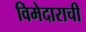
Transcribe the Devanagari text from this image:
विमेदाराची